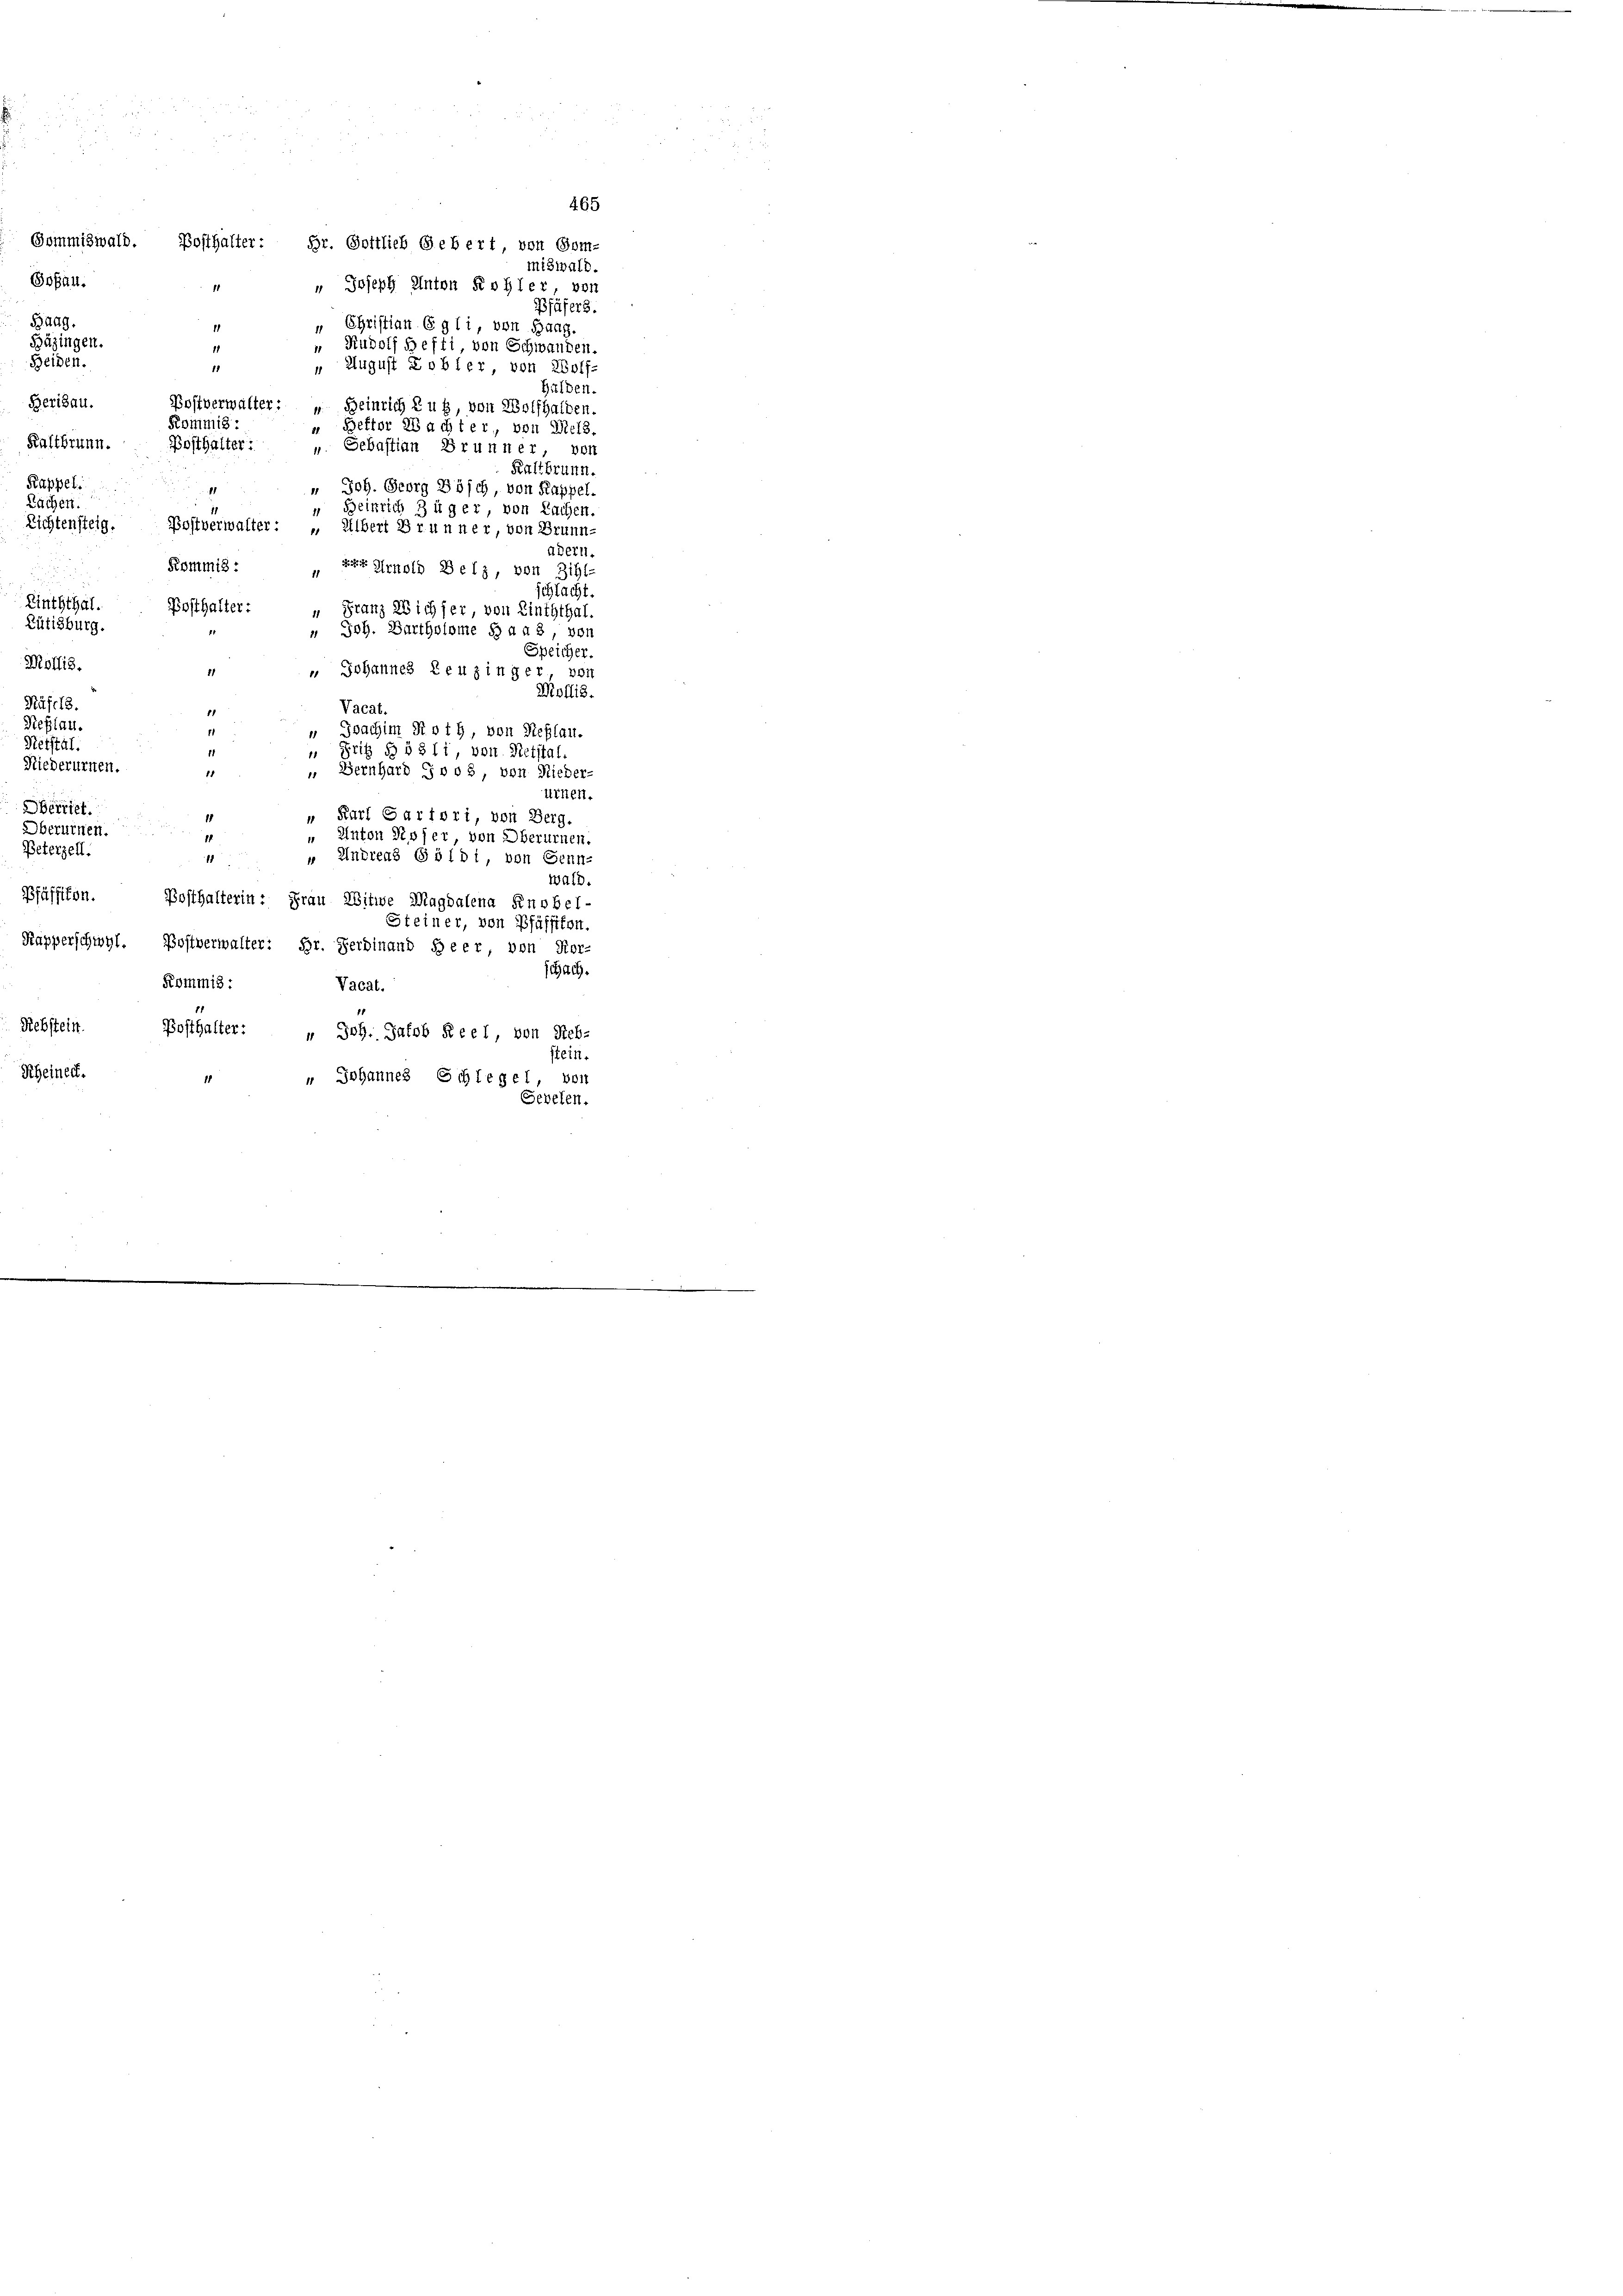
Sofau.
Baag.
Bäzingen.
Heiden.
Berisau.
Kaltbrunn. Posthalter:
Kappel.
Kachen.
Linththal
Lütisburg.
Mollis
Häfels.
Neßlau.
Pietstal.
Niederurnen.
berriet.
Oberurnen.
Peterzell.
Pfäffikon.
Rebstein.

Rheinedt.

465

Gommiswald. Bosthalter: Hr. Gottlieb Gebert von Som-
miswald.
" Joseph Anton Kohler von
fäfers.
" Christian Egli, von Haag.
Rudolf Hefti, von Schwanden.
 August Tobler, von Wolf-
11
Gulden.
Postverwalter: " Heinrich Zug, von Wolfhalden.
Kommis
Beftor Wachter, von Diels.
Sebastian Brunner, von
Kaltbrunn
" Joh. Georg Bösch, von Kappel.
1
 Beinrich Züger von Sachen.
Richtensteig. Bostverwalter: „Albert Brunner, von Brunn-
adern.
Kommis: Der Arnold Belz, von Zihl-
schlacht.
Posthalter:
n Franz Wicher von Linththal.
 Joh. Bartholome § 448, von
Speicher
 Johannes Leuzinger, von
11
Mollis.
Vacat.
Joachim Roth, von Neßlau.
“ Fritz § 5311, von Retstal.
 Bernhard Jvo8, von Rieder-
11
ürnen.
1
" Karl Partori, von Berg.
Anton Disser, von Oberurnen.
“ Andreas Goldi, von Genn-
1
wald.
Posthalterin: Frau Witwe Magdalena Knobel-
Steiner, von Pfäffikon.
Kapperschwyl. Postverwalter: Hr. Ferdinand Heer von Kor-
chach.
Kommis:
Vacat.
Posthalter: " Joh. Jakob Reel, von Reb-
stein.
" Johannes Schlegel, von
Sevelen.